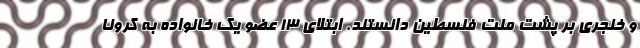
و خنجری بر پشت ملت فلسطین دانستند. ابتلای 13 عضو یک خانواده به کرونا